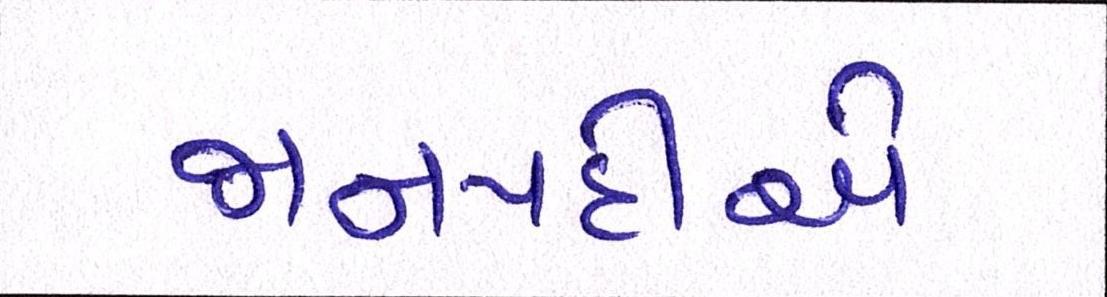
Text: જાનપદીએ